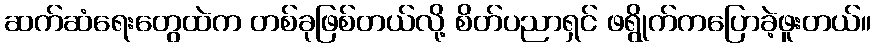
ဆက်ဆံရေးတွေထဲက တစ်ခုဖြစ်တယ်လို့ စိတ်ပညာရှင် ဖရွိုက်ကပြောခဲ့ဖူးတယ်။